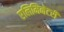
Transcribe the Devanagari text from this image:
एलिमिनेटरी